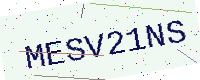
Text: MESV21NS